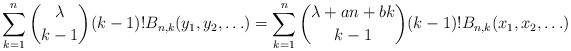
LaTeX: \begin{align*}\sum_{k=1}^n\binom{\lambda}{k-1}(k-1)!B_{n,k}(y_1, y_2, \ldots) = \sum_{k=1}^n\binom{\lambda+an+bk}{k-1}(k-1)!B_{n,k}(x_1, x_2, \ldots)\end{align*}